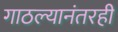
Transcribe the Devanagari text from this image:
गाठल्यानंतरही